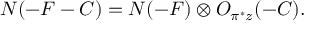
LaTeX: N ( - F - C ) = N ( - F ) \otimes { \cal O } _ { \pi ^ { * } z } ( - C ) .